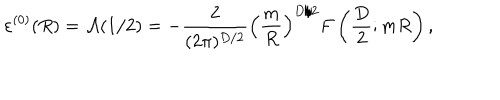
\varepsilon ^ { ( 0 ) } ( R ) = { \cal A } ( 1 / 2 ) = - \frac { 2 } { ( 2 \pi ) ^ { D / 2 } } \left( \frac { m } { R } \right) ^ { D / 2 } F \left( \frac { D } { 2 } ; m R \right) ,